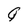
Character: G